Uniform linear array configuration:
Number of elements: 4
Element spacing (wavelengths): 0.75
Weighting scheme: hann
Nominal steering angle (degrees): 0
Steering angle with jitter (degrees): -1.448
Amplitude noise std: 0.05
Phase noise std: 0.05

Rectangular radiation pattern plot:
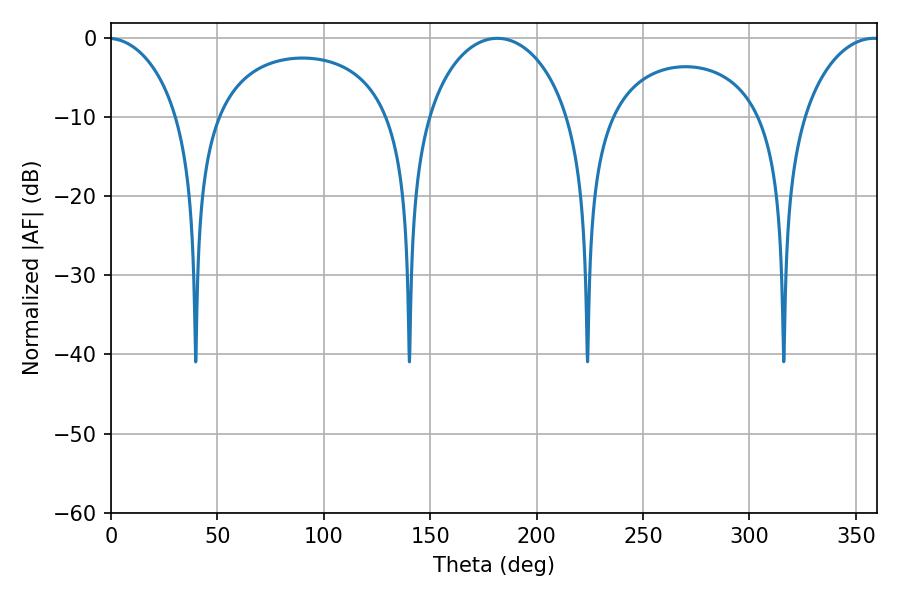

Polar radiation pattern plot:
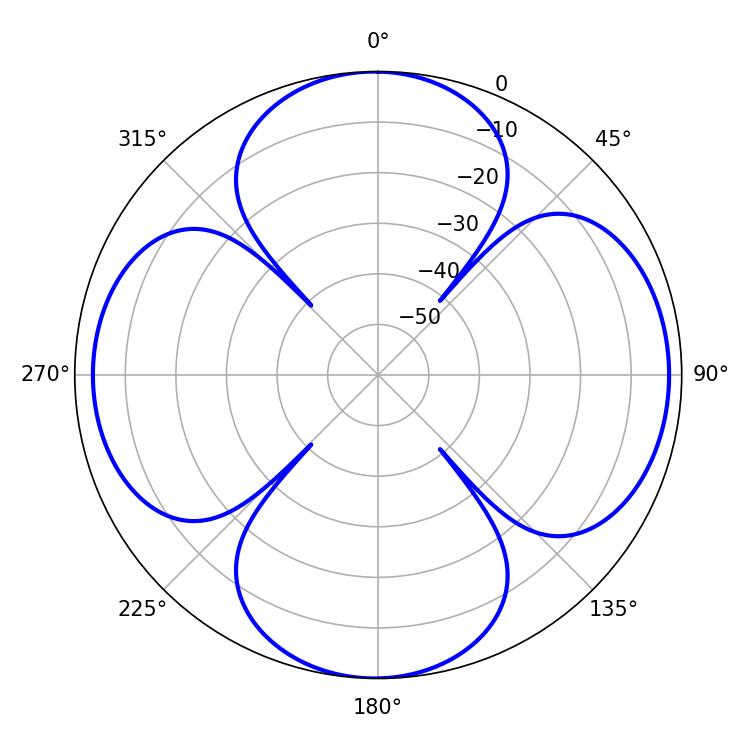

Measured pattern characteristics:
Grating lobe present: TRUE
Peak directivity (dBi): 12.553
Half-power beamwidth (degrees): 38.88
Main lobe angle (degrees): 181.62